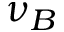
\nu _ { B }